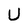
Character: U